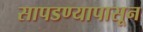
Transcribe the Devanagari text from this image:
सापडण्यापासून